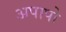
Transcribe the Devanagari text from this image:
अपापो